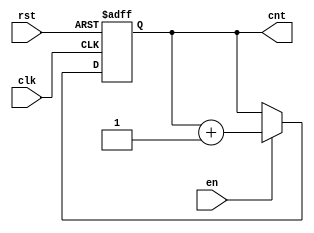
module up_counter (
    input wire clk,     // Clock input
    input wire en,      // Enable input
    input wire rst,     // Asynchronous reset input
    output reg [3:0] cnt // 4-bit counter output
);

    // Always block triggered on the rising edge of the clock
    always @(posedge clk or posedge rst) begin
        if (rst) begin
            cnt <= 4'b0000; // Reset the counter to zero
        end else if (en) begin
            cnt <= cnt + 1; // Increment the counter
        end
        // If 'en' is not asserted, the counter retains its value
    end

endmodule